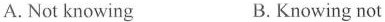
A.Not knowing B. Knowing not